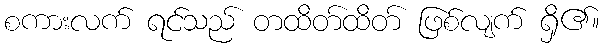
စကားလက် ရင်သည် တထိတ်ထိတ် ဖြစ်လျက် ရှိ၏။